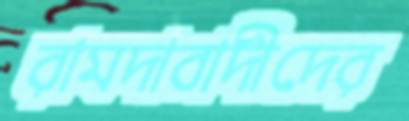
রামদাবাদীদের